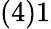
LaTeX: (4)1